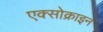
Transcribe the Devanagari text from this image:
एक्सोक्राइन